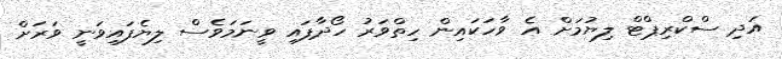
އަދި ސްކްރިޕްޓް ލިޔުމަށް އެ ވާހަކައިން ހިތްވަރު ހޯދާފައި ވީނަމަވެސް ލިޔެފައިވަނީ ވަރަށް